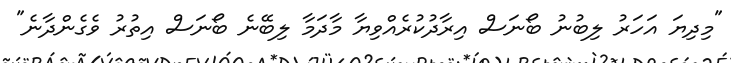
"މިދިޔަ އަހަރު ލިބުނު ބޯނަސް އިރާދުކުރެއްވިޔާ މާދަމާ ލިބޭނެ ބޯނަސް އިތުރު ވެގެންދާނެ"